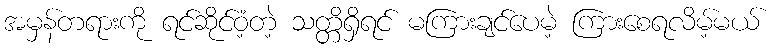
အမှန်တရားကို ရင်ဆိုင်ဝံ့တဲ့ သတ္တိရှိရင် မကြားချင်ပေမဲ့ ကြားစေရလိမ့်မယ်